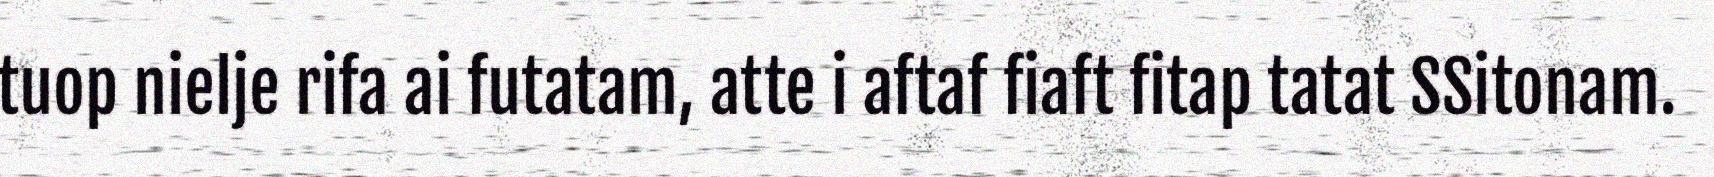
tuop nielje rifa ai futatam, atte i aftaf fiaft fitap tatat SSitonam.